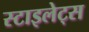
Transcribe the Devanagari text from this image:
स्टाइलेट्स